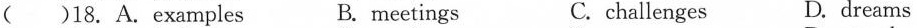
( )18.A.examples B.meetings C.challenges D. dreams